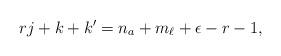
LaTeX: \begin{align*}rj+k+k'=n_a+m_\ell +\epsilon-r-1,\end{align*}